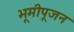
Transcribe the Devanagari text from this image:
भूमीपूजन